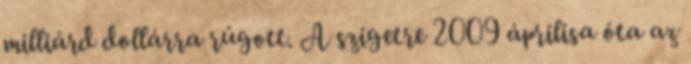
milliárd dollárra rúgott. A szigetre 2009 áprilisa óta az